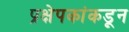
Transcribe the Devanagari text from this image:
प्रक्षेपकांकडून